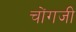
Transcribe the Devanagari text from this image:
चोंगजी